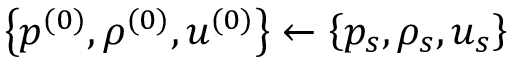
\left\{ p ^ { ( 0 ) } , \rho ^ { ( 0 ) } , u ^ { ( 0 ) } \right\} \gets \left\{ p _ { s } , \rho _ { s } , u _ { s } \right\}